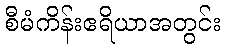
စီမံကိန်းဧရိယာအတွင်း